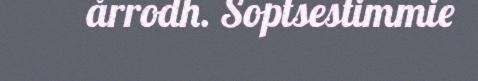
årrodh. Soptsestimmie